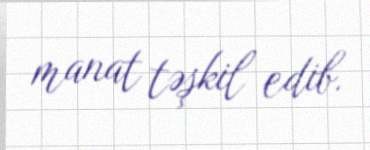
manat təşkil edib.